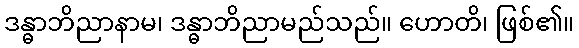
ဒန္ဓာဘိညာနာမ၊ ဒန္ဓာဘိညာမည်သည်။ ဟောတိ၊ ဖြစ်၏။